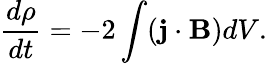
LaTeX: \frac{d\rho}{dt}=-2\int(\mathbf{j}\cdot\mathbf{B})dV.